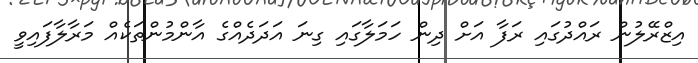
އިޒްރޭލުން ރައްދުގައި ރަފާ އަށް ދިން ހަމަލާގައި ގިނަ އަދަދެއްގެ އާންމުންތަކެއް މަރާލާފައިވީ